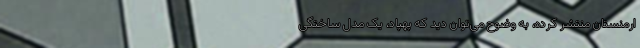
ارمنستان منتشر کرده، به وضوح می‌توان دید که پهپاد، یک مدل ساختگی